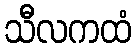
သီလကထံ